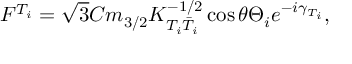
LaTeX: F ^ { T _ { i } } = \sqrt { 3 } C m _ { 3 / 2 } K _ { T _ { i } \bar { T } _ { i } } ^ { - 1 / 2 } \cos \theta \Theta _ { i } e ^ { - i \gamma _ { T _ { i } } } ,